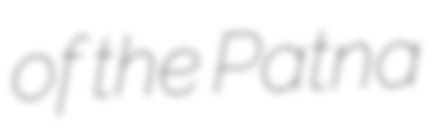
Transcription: of the Patna